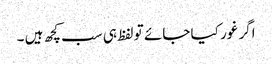
اگر غور کیا جائے تو لفظ ہی سب کچھ ہیں ۔